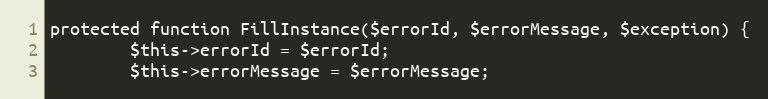
Language: PHP
protected function FillInstance($errorId, $errorMessage, $exception) {
        $this->errorId = $errorId;
        $this->errorMessage = $errorMessage;